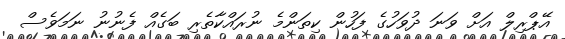
އޭޕްރިލް އަށް ވަނަ ދުވަހުގެ ފަހުން ކިތަންމެ ނުރައްކާތެރި ބަގެއް ފެނުނު ނަމަވެސް